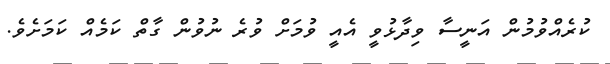
ކުރެއްވުމުން އަނީސާ ވިދާޅުވީ އެއީ ވުމަށް ވުރެ ނުވުން ގާތް ކަމެއް ކަމަށެވެ.